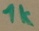
Text: 1k